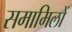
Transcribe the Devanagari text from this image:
समामिलों